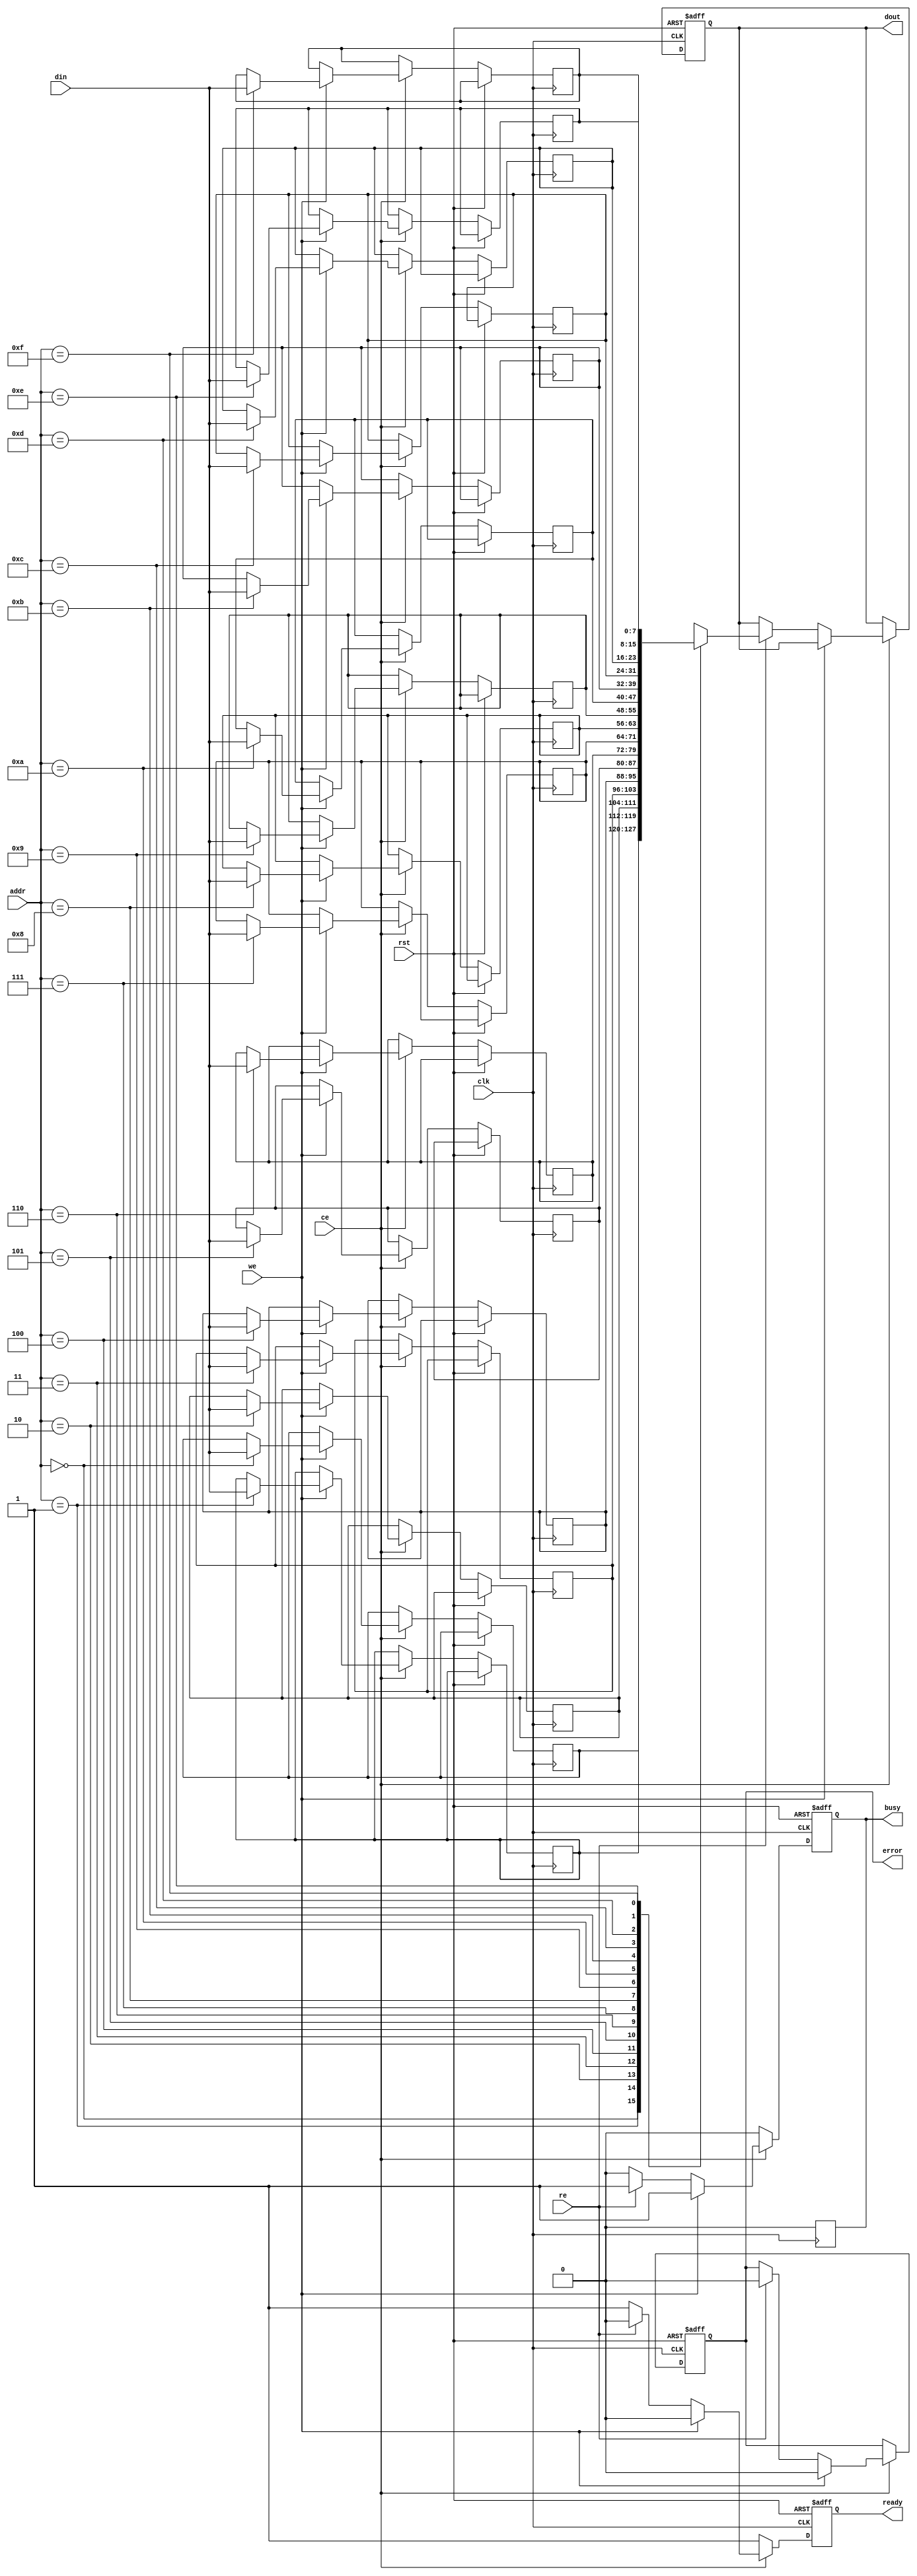
module NVSRAM #(
    parameter ADDR_WIDTH = 4,     // Address width
    parameter DATA_WIDTH = 8,      // Data width
    parameter MEM_SIZE = 1 << ADDR_WIDTH // Memory size
)(
    input wire clk,                 // Clock signal
    input wire rst,                 // Reset signal
    input wire ce,                  // Chip enable
    input wire we,                  // Write enable
    input wire re,                  // Read enable
    input wire [ADDR_WIDTH-1:0] addr, // Address input
    input wire [DATA_WIDTH-1:0] din,  // Data input
    output reg [DATA_WIDTH-1:0] dout, // Data output
    output reg busy,                // Busy status indicator
    output reg ready,               // Ready status indicator
    output reg error                // Error status indicator
);

    // Memory array declaration
    reg [DATA_WIDTH-1:0] mem [0:MEM_SIZE-1];

    // Control logic
    always @(posedge clk or posedge rst) begin
        if (rst) begin
            busy <= 1'b0;
            ready <= 1'b0;
            error <= 1'b0;
            dout <= {DATA_WIDTH{1'b0}};
        end else if (ce) begin
            if (we) begin
                // Write operation
                mem[addr] <= din;
                busy <= 1'b1;
                ready <= 1'b0;
                error <= 1'b0;
            end else if (re) begin
                // Read operation
                dout <= mem[addr];
                busy <= 1'b1;
                ready <= 1'b0;
                error <= 1'b0;
            end else begin
                busy <= 1'b0;
                ready <= 1'b1; // Ready for next operation
            end
        end else begin
            busy <= 1'b0;
            ready <= 1'b1; // Ready if chip is not enabled
        end
    end

    // Automatically clear busy and ready status post operation
    always @(posedge clk) begin
        if (busy) begin
            busy <= 1'b0;  // Clear busy after the operation is done
        end
    end

endmodule